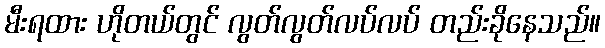
မီးရထား ဟိုတယ်တွင် လွတ်လွတ်လပ်လပ် တည်းခိုနေသည်။